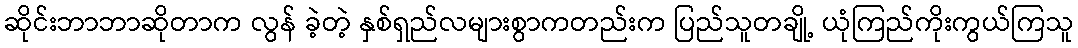
ဆိုင်းဘာဘာဆိုတာက လွန် ခဲ့တဲ့ နှစ်ရှည်လများစွာကတည်းက ပြည်သူတချို့ ယုံကြည်ကိုးကွယ်ကြသူ